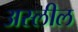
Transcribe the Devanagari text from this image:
अस्लील